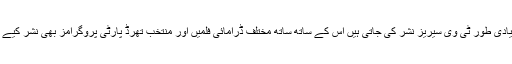
چینل پر بنیادی طور ٹی وی سیریز نشر کی جاتی ہیں اس کے ساتھ ساتھ مختلف ڈرامائی فلمیں اور منتخب تھرڈ پارٹی پروگرامز بھی نشر کیے جاتے ہیں۔